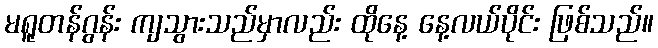
မရူတန်ဂွန်း ကျသွားသည်မှာလည်း ထိုနေ့ နေ့လယ်ပိုင်း ဖြစ်သည်။